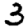
Digit: 3